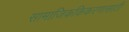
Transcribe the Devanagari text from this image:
सामाजिककिकरणासाठी